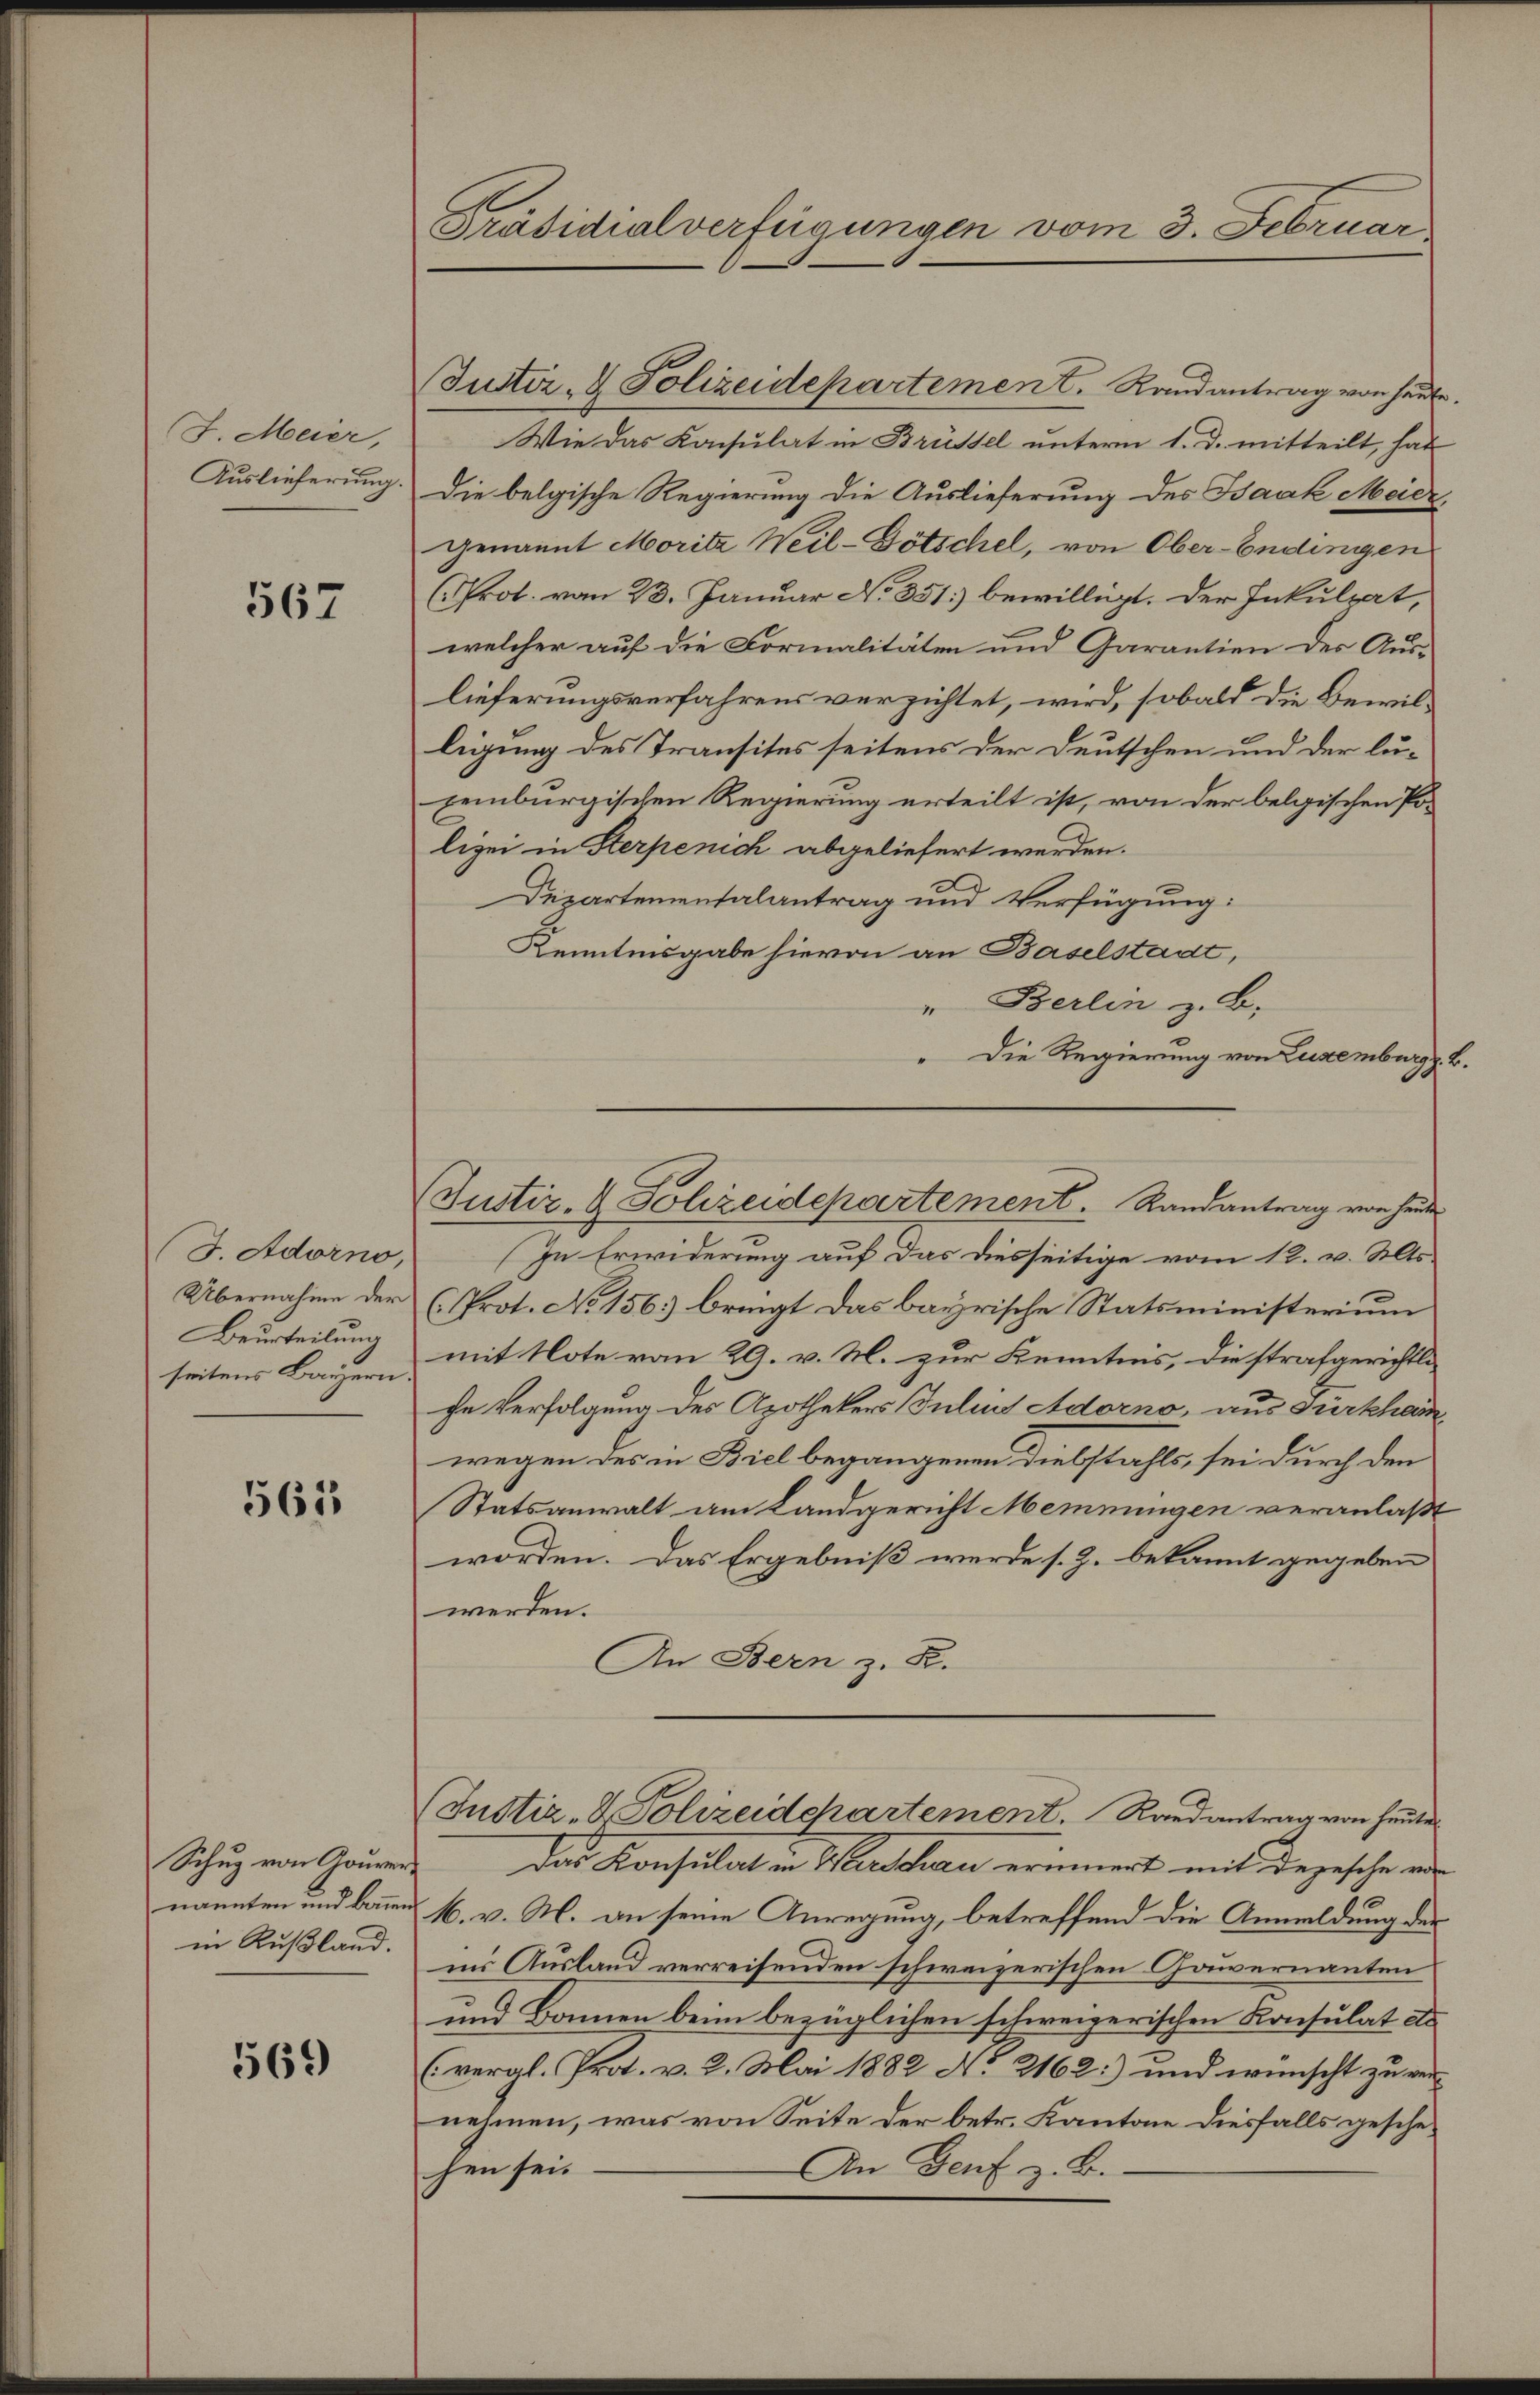
J. Meier,
Auslieferung.

567

(3. Adorno,
Übernahme der
Beurteilung
seitens Bauzern

561

Schuz von Gouverin Rußland.

569

Präsidialverfügungen vom 3. Februar

(Justiz- & Polizeidepartement. Randantrag von heute.
Wie das Konsulat in Brüssel unterm 1. d. mitteilt, hat
Die belgische Regierung die Auslieferung des Baak Meier,
genannt Moritz Weil-Götschel, von Ober-Endingen
(Prot. vom 23. Januar No. 351. bewilligt. Der Inkulpat,
welcher auf die Formalitäten und Garantien des Auslieferungsverfahrens verzichtet, wird, sobald die Bewilligung des Transites seitens der Deutschen und der luzeiburgischen Regierung erteilt ist, von der belgischen Polizei in Sterpenich abgeliefert werden.
Departementalantrag und Verfügung:
Kenntnisgabe hievon an Baselstadt,
In Erwiderung auf das diesseitige vom 12. v. Mts.
(Prot. No 156. bringt das bayrische Statsministerium
mit Note vom 29. v. M. zur Kenntnis, die strafgerichtli
che Verfolgung des Apothekers Julius Adorno, aus Türkheim
wegen des in Biel begangenen Diebstahls, sei durch den
Statsanwalt am Landgericht Meinungen veranlaßt
worden. Das Ergebniß werde s. Z. bekannt gegeben
werden.
An Bern z. R.
(Justiz- & Polizeidepartement. Randantrag von heute
Das Konsulat in Menschau erinnert mit Depesche an
nannten und kann M. v. M. an seine Anregung, betreffend die Anmeldung der
ins Ausland verreisenden schweizerischen Gouvernanten
und Bannen beim bezüglichen schweizerischen Konsulat es
(vergl. Prot. v. 2. Mai 1882 No 2162) und wünscht zu vernehmen, was von Seite der betr. Kantone diesfalls gesche¬
An Genf z. B.
hen sei.

" Berlin z. B.
Die Regierung von Luxenburg z. B.
Justiz- & Polizeidepartement. Randantrag von heute